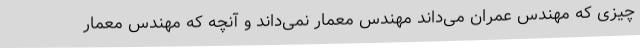
چیزی که مهندس عمران می‌داند مهندس معمار نمی‌داند و آنچه که مهندس معمار